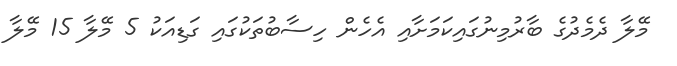
މޭލާ ދެމެދުގެ ބާރުމިނުގައިކަމަށާއި އެހެން ހިސާބުތަކުގައި ގަޑިއަކު 5 މޭލާ 15 މޭލާ